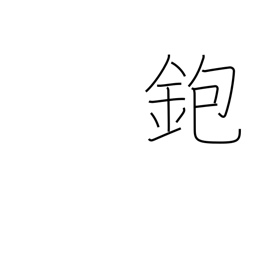
Meaning: carpenter's plane